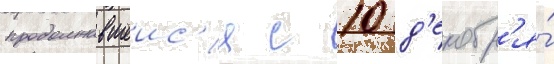
продолжавшеис'я с 10 д'екабр'я́